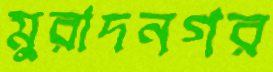
মুরাদনগর